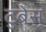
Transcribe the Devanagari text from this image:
टुबेस्